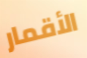
الأقمار